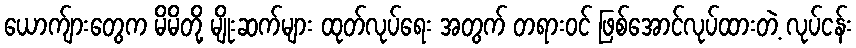
ယောက်ျားတွေက မိမိတို့ မျိုးဆက်များ ထုတ်လုပ်ရေး အတွက် တရားဝင် ဖြစ်အောင်လုပ်ထားတဲ့ လုပ်ငန်း